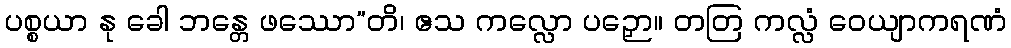
ပစ္စယာ နု ခေါ ဘန္တေ ဖဿော”တိ၊ ဧသ ကလ္လော ပဉှော။ တတြ ကလ္လံ ဝေယျာကရဏံ